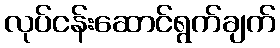
လုပ်ငန်းဆောင်ရွက်ချက်